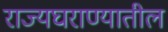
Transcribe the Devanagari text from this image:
राज्यघराण्यातील